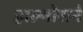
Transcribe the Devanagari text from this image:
हाल्मोसने